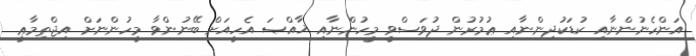
އަންހެނުންނާއި ކުޑަކުދިންނާއި ޢުމުރުން ދުވަސްވީ މީހުންނާއި ޚާއްޞަ އެހީއަށް ބޭނުންވާ މީހުންނަށް އިޖްތިމާޢީ